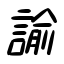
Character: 諭